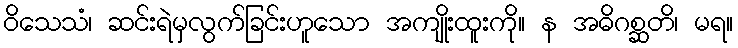
ဝိသေသံ၊ ဆင်းရဲမှလွက်ခြင်းဟူသော အကျိုးထူးကို။ န အဓိဂစ္ဆတိ၊ မရ။